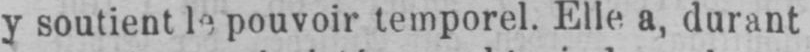
pouvoir temporel. Elle a, durant